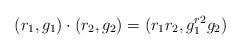
LaTeX: \begin{align*}(r_1, g_1)\cdot(r_2, g_2)=(r_1r_2, g_1^{r2}g_2) \end{align*}